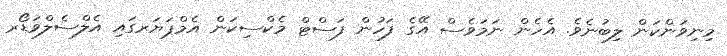
މިނިވަންކަން ލިބުނެވެ. އެހެން ނަމަވެސް އޭގެ ފަހުން ފަސްޓް މެކްސިކަން އެމްޕަޔަރގައި އެލްސެލްވަޑޯރ